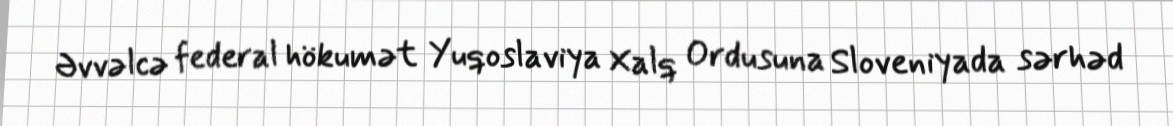
Əvvəlcə federal hökumət Yuqoslaviya Xalq Ordusuna Sloveniyada sərhəd